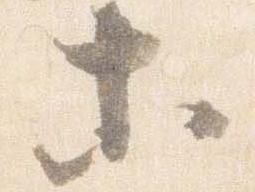
等